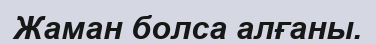
Жаман болса алғаны.